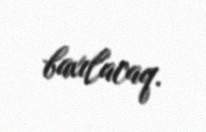
baxılacaq.